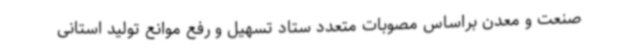
صنعت و معدن براساس مصوبات متعدد ستاد تسهیل و رفع موانع تولید استانی